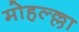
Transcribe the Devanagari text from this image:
मोहल्ल्ला